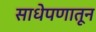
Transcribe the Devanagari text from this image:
साधेपणातून